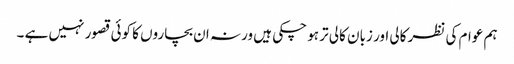
ہم عوام کی نظر کالی اور زبان کالی تر ہو چکی ہیں ورنہ ان بچاروں کا کوئی قصور نہیں ہے ۔